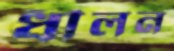
ধীলন